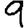
Digit: 9